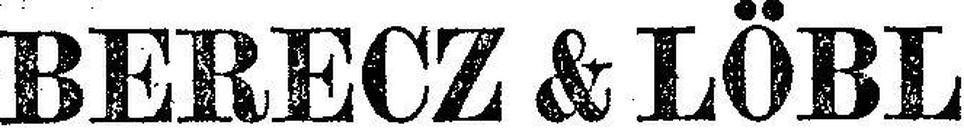
BERECZ & LÖBL